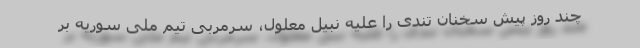
چند روز پیش سخنان تندی را علیه نبیل معلول، سرمربی تیم ملی سوریه بر